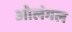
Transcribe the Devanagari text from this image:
ओलंगल